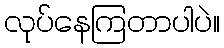
လုပ်နေကြတာပါပဲ။